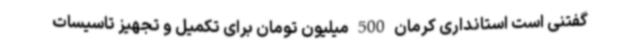
گفتنی است استانداری کرمان 500 میلیون تومان برای تکمیل و تجهیز تاسیسات